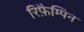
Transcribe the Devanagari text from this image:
रिफ़ैम्पिन